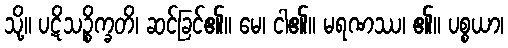
သို့။ ပဋိသဉ္စိက္ခတိ၊ ဆင်ခြင်၏။ မေ၊ ငါ၏။ မရဏဿ၊ ၏။ ပစ္စယာ၊